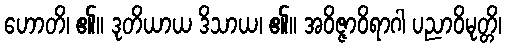
ဟောတိ၊ ၏။ ဒုတိယာယ ဒိသာယ၊ ၏။ အဝိဇ္ဇာဝိရာဂါ ပညာဝိမုတ္တိ၊